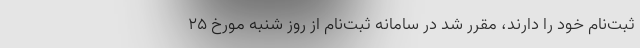
ثبت‌نام خود را دارند، مقرر شد در سامانه ثبت‌نام از روز شنبه مورخ 25